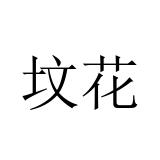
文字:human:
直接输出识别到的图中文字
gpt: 坟花